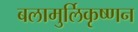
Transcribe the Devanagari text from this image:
बलामुर्लिकृष्णन